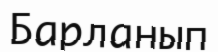
Барланып